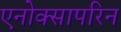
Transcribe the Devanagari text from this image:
एनोक्सापरिन